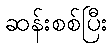
ဆန်းစစ်ပြီး